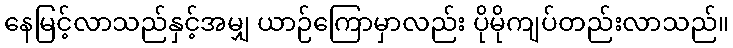
နေမြင့်လာသည်နှင့်အမျှ ယာဉ်ကြောမှာလည်း ပိုမိုကျပ်တည်းလာသည်။